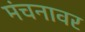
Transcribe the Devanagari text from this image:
मंचनावर